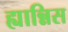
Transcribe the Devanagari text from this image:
ह्यान्निस